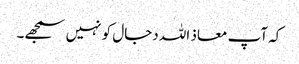
کہ آپ معاذ اللہ دجال کو نہیں سمجھے۔